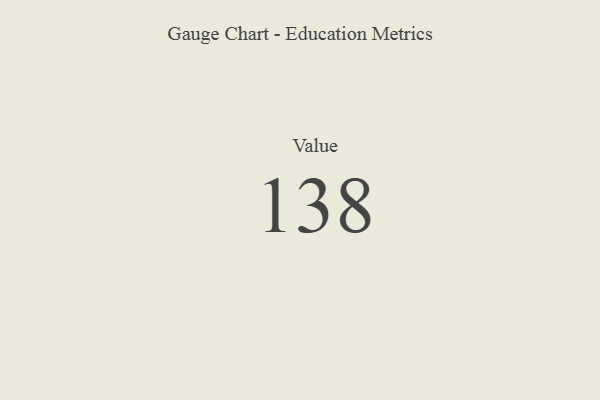
{"axis": {"x": "Metric", "y": "Value"}, "legend": [""], "data": [{"x": "Value", "y": 138, "type": ""}]}